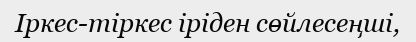
Іркес-тіркес іріден сөйлесеңші,